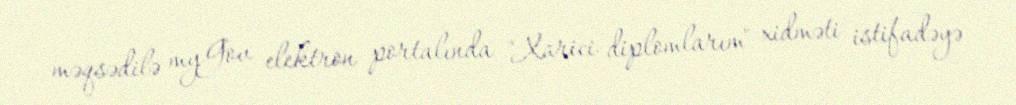
məqsədilə myGov elektron portalında "Xarici diplomlarım" xidməti istifadəyə